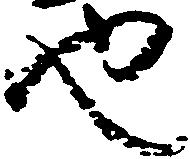
也